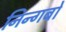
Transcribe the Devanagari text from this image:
निन्गबो